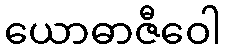
ယောဓာဇီဝေါ